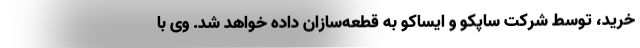
خرید، توسط شرکت ساپکو و ایساکو به قطعه‌سازان داده خواهد شد. وی با